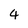
Character: 4